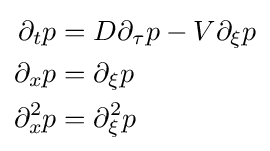
{\begin{aligned}\partial _{t}p&=D\partial _{\tau }p-V\partial _{\xi }p\\\partial _{x}p&=\partial _{\xi }p\\\partial _{x}^{2}p&=\partial _{\xi }^{2}p\end{aligned}}